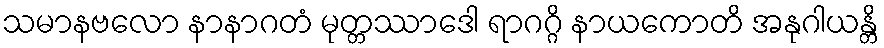
သမာနဗလော နာနာဂတံ မုတ္တဿာဒေါ ရာဂဂ္ဂိ နာယကောတိ အနုဂါယန္တိ